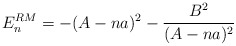
\begin{align*}E_n^{RM}=-(A-na)^2-\frac{B^2}{(A-na)^2}\end{align*}